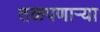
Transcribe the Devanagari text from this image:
तळपणार्‍या